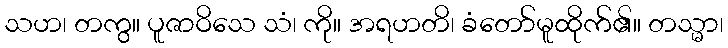
သဟ၊ တကွ။ ပူဇာဝိသေ သံ၊ ကို။ အရဟတိ၊ ခံတော်မူထိုက်၏။ တသ္မာ၊